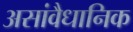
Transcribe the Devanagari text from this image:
असांवैधानिक